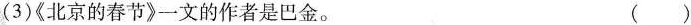
(3)《北京的春节》一文的作者是巴金。 ( )